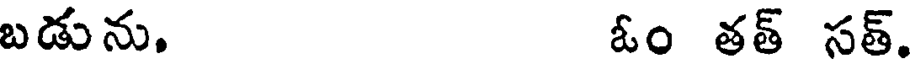
బడును. ఓం తత్ సత్.